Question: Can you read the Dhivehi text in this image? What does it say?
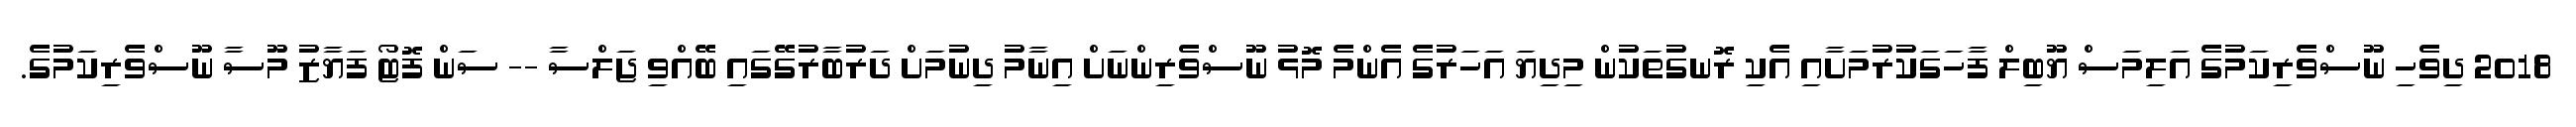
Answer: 2018 ދިވެހި ނޫސްވެރިކަމުގެ އަލިމަސް ޔޫބިލް ފާހަގަކުރުމަށާއި އެކި ރޮނގުތަކުން މިދިޔަ އަހަރުގެ އެންމެ މޮޅު ނޫސްވެރިންނަށް އިނާމު ދިނުމަށް ދަރުބާރުގޭގައި ބޭއްވި ޖަލްސާ -- ސަން ފޮޓޯ ފަޔާޒު މޫސާ ނޫސްވެރިކަމުގެ.